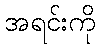
အရင်းကို